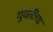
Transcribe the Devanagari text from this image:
युवतींचा